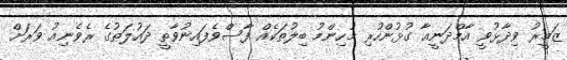
ޒަމީރު ވިދާޅުވީ އާމްދަނީއާ ގުޅުންހުރި މުހިންމު ބިލުތަކެއް ފާސްވެފައިނުވާތީ ދައުލަތުގެ ރެވެނިއު ވަރަށް